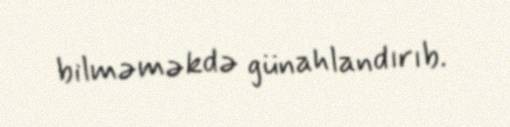
bilməməkdə günahlandırıb.